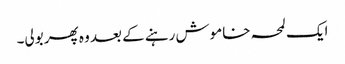
ایک لمحہ خاموش رہنے کے بعد وہ پھر بولی۔